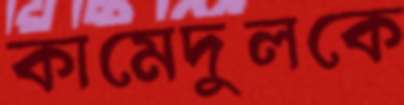
কামেদুলকে